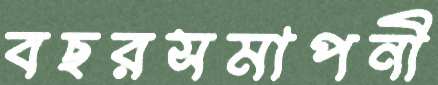
বছরসমাপনী